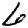
Digit: 6